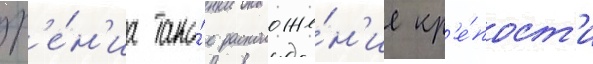
зр'е́н'иа тако́е расположе́н'ие кр'е́пост'и